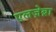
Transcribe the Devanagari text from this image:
एलज़ेब्रा